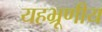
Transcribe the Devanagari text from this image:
यहभ्रूणीय